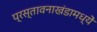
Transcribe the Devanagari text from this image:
प्रस्तावनाखंडामध्यें